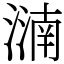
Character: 㵜